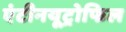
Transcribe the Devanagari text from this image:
एंटीनयूट्रोफिल